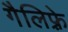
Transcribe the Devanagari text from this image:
गैलिफ़्रे